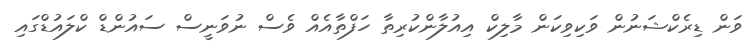
ވަން ޑިރެކްޝަނުން ވަކިވިކަން މާލިކް އިއުލާންކުރިތާ ހަފްތާއެއް ވެސް ނުވަނީސް ސައުންޑް ކްލައުޑްގައި